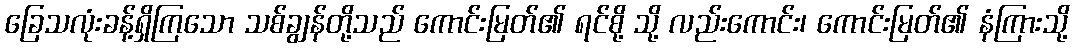
ခြေသလုံးခန့်ရှိကြသော သစ်ချွန်တို့သည် ကောင်းမြတ်၏ ရင်စို့ သို့ လည်းကောင်း၊ ကောင်းမြတ်၏ နံကြားသို့